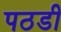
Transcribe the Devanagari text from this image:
पठडी